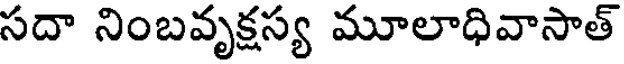
సదా నింబవృక్షస్య మూలాధివాసాత్